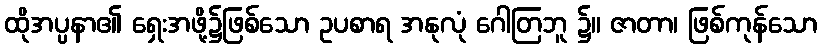
ထိုအပ္ပနာ၏ ရှေးအဖို့၌ဖြစ်သော ဥပစာရ အနုလုံ ဂေါတြဘူ ၌။ ဇာတာ၊ ဖြစ်ကုန်သော